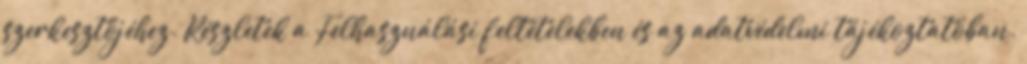
szerkesztőjéhez. Részletek a Felhasználási feltételekben és az adatvédelmi tájékoztatóban.